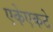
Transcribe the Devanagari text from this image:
एकेएकटे